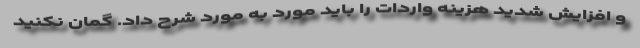
و افزایش شدید هزینه واردات را باید مورد به مورد شرح داد. گمان نکنید